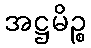
အဋ္ဌမိဉ္စ